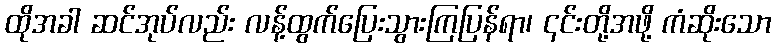
ထိုအခါ ဆင်အုပ်လည်း လန့်ထွက်ပြေးသွားကြပြန်ရာ၊ ၎င်းတို့အဖို့ ကံဆိုးသော